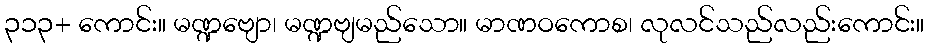
၃၁၃+ ကောင်း။ မဏ္ဍဗျော၊ မဏ္ဍဗျမည်သော။ မာဏဝကောစ၊ လုလင်သည်လည်းကောင်း။